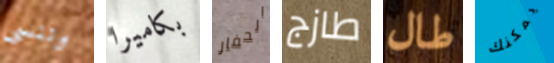
وننسى بكاميرا الحفار طازج طال يمكنك